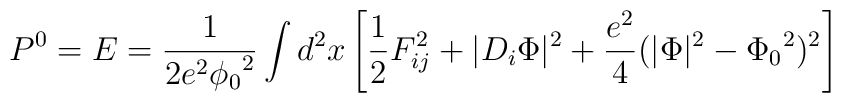
P^0 = E = \frac{1}{2 e^2{\phi_0}^2}\int d^2x \left[ \frac{1}{2}F^2_{ij} + \vert D_i\Phi\vert^2+ \frac{e^2}{4}(\vert\Phi\vert^2 - {\Phi_0}^2)^2 \right]